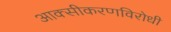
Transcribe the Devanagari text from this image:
आक्सीकरणविरोधी